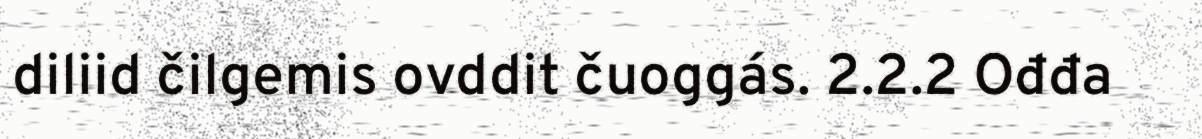
diliid čilgemis ovddit čuoggás. 2.2.2 Ođđa